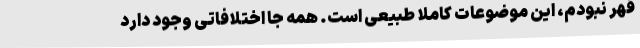
قهر نبودم، این موضوعات کاملا طبیعی است. همه جا اختلافاتی وجود دارد